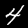
Digit: 4